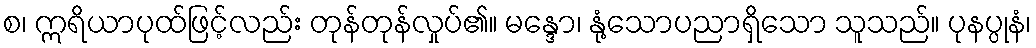
စ၊ ဣရိယာပုထ်ဖြင့်လည်း တုန်တုန်လှုပ်၏။ မန္ဒော၊ နုံ့သောပညာရှိသော သူသည်။ ပုနပ္ပုနံ၊